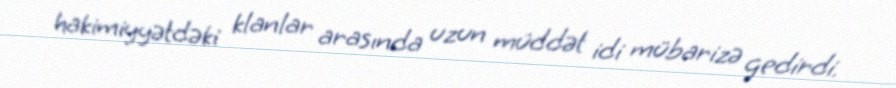
hakimiyyətdəki klanlar arasında uzun müddət idi mübarizə gedirdi.